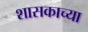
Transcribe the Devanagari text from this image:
शासकाच्या